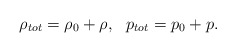
\begin{align*}\rho_{tot}=\rho_0+\rho, \ \ p_{tot}=p_0+p.\end{align*}